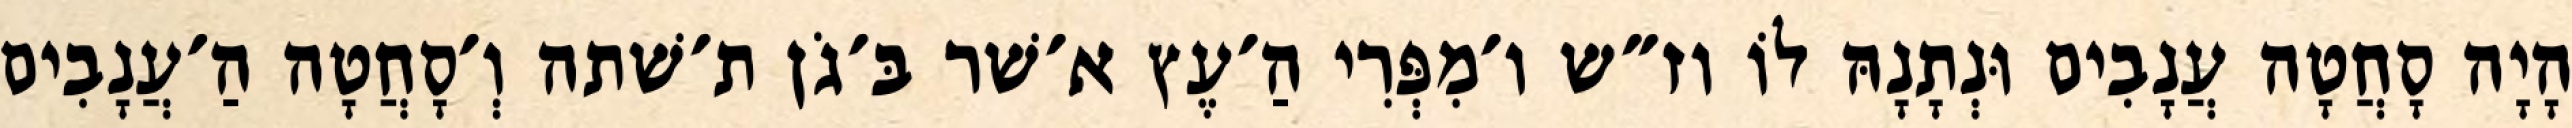
הָיָה סָחֲטָה עֲנָבִים וּנְתָנָהּ לוֹ וז״ש ו׳מִפְּרִי הַ׳עֶץ א׳שׁר בּ׳גֹן ת׳שׁתה וְ׳סָחֲטָה הַ׳עֲנָבִים